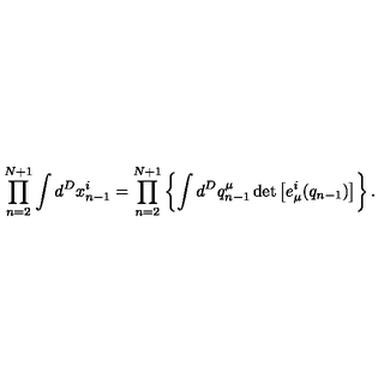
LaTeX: \prod _ { n = 2 } ^ { N + 1 } \int d ^ { D } x _ { n - 1 } ^ { i } = \prod _ { n = 2 } ^ { N + 1 } \left\{ \int d ^ { D } q _ { n - 1 } ^ { \mu } \det \left[ e _ { \mu } ^ { i } ( q _ { n - 1 } ) \right] \right\} .